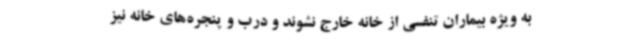
به ویژه بیماران تنفسی از خانه خارج نشوند و درب و پنجره‌های خانه نیز